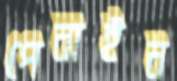
পেনাইন